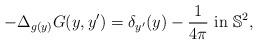
LaTeX: \begin{align*}-\Delta_{g(y)} G(y,y')=\delta_{y'}(y) - \frac{1}{4\pi} \textrm{ in }\mathbb{S}^2,\end{align*}